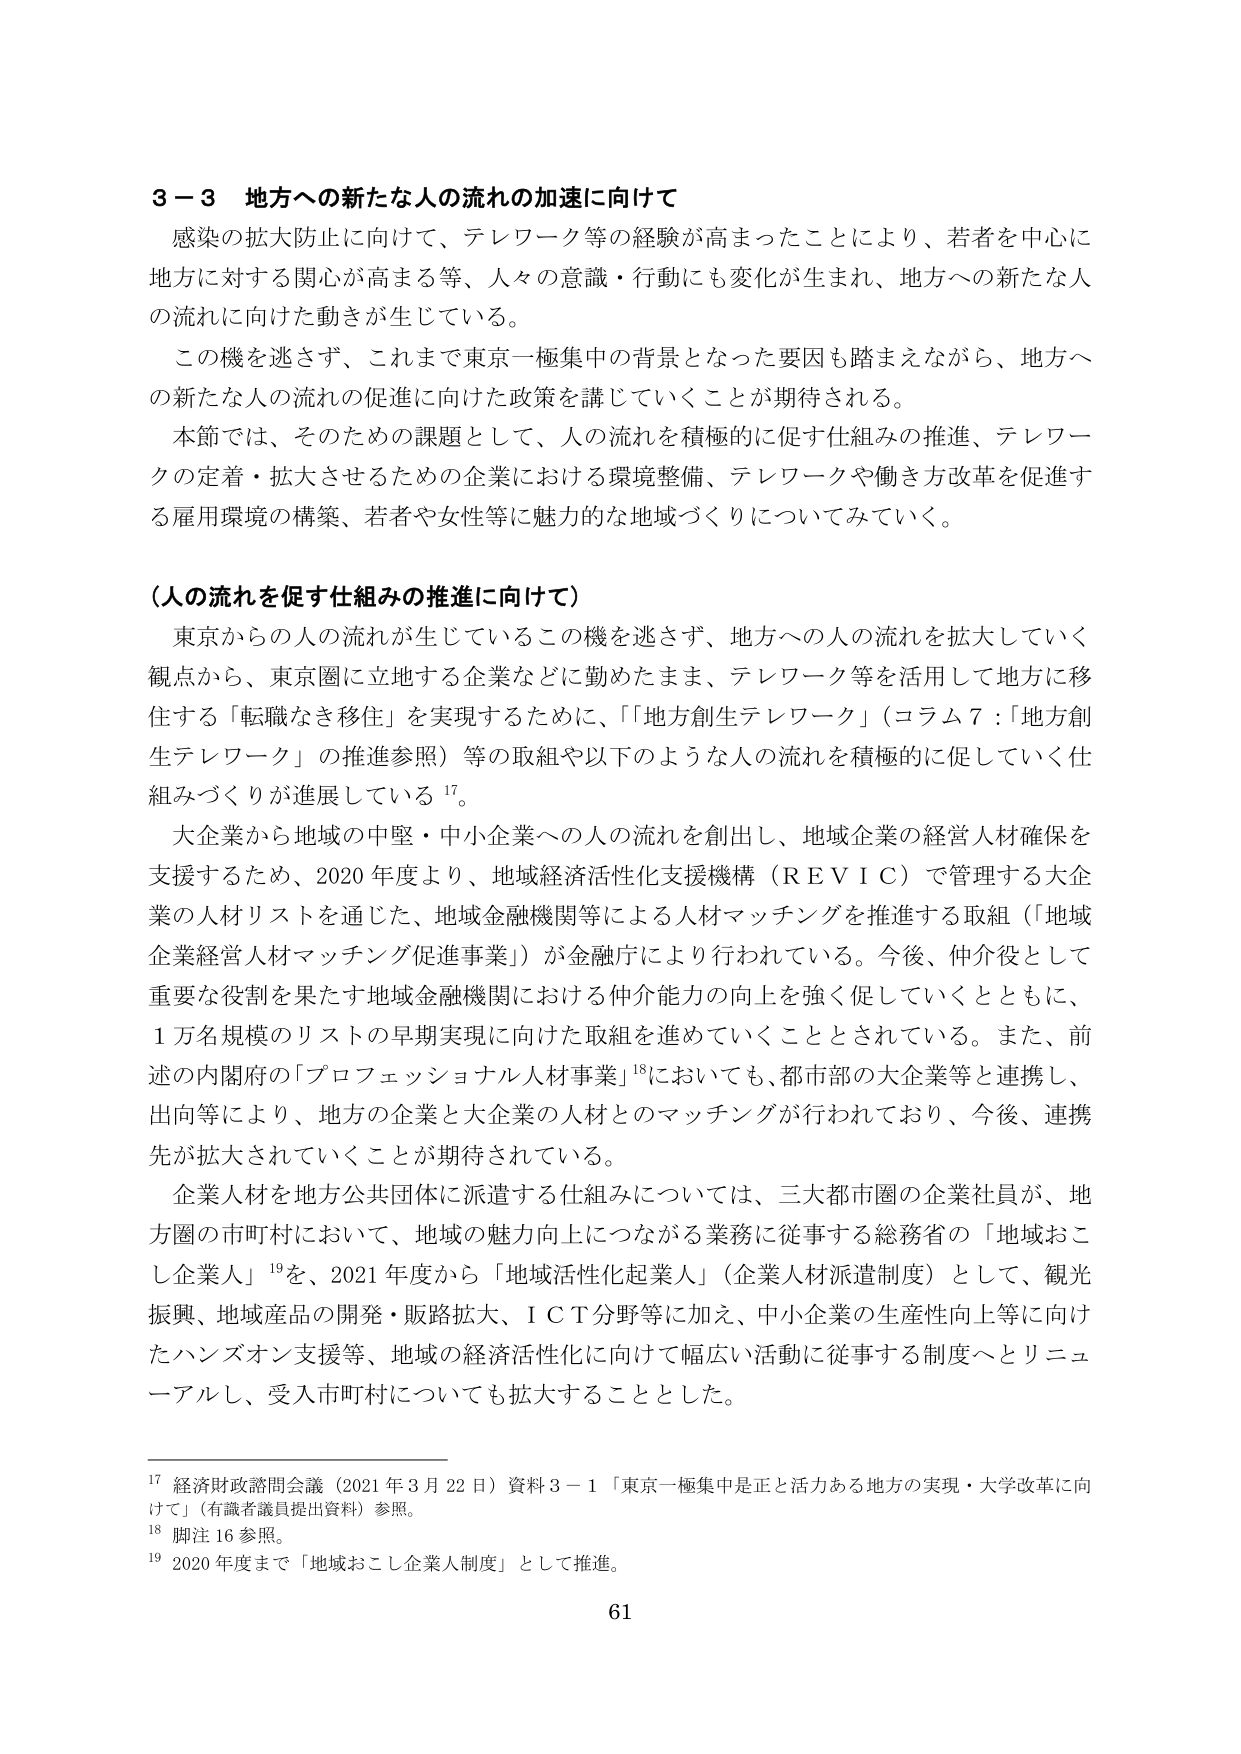
3－3 地方への新たな人の流れの加速に向けて
感染の拡大防止に向けて、テレワーク等の経験が高まったことにより、若者を中心に地方に対する関心が高まる等、人々の意識・行動にも変化が生まれ、地方への新たな人の流れに向けた動きが生じている。
この機を逃さず、これまで東京一極集中の背景となった要因も踏まえながら、地方への新たな人の流れの促進に向けた政策を講じていくことが期待される。
本節では、そのための課題として、人の流れを積極的に促す仕組みの推進、テレワークの定着・拡大させるための企業における環境整備、テレワークや働き方改革を促進する雇用環境の構築、若者や女性等に魅力的な地域づくりについてみていく。

（人の流れを促す仕組みの推進に向けて）
東京からの人の流れが生じているこの機を逃さず、地方への人の流れを拡大していく観点から、東京圏に立地する企業などに勤めたまま、テレワーク等を活用して地方に移住する「転職なき移住」を実現するために、「地方創生テレワーク」（コラム7：「地方創生テレワーク」の推進参照）等の取組や以下のような人の流れを積極的に促していく仕組みづくりが進展している¹⁷。
大企業から地域の中堅・中小企業への人の流れを創出し、地域企業の経営人材確保を支援するため、2020年度より、地域経済活性化支援機構（ＲＥＶＩＣ）で管理する大企業の人材リストを通じた、地域金融機関等による人材マッチングを推進する取組（「地域企業経営人材マッチング促進事業」）が金融庁により行われている。今後、仲介役として重要な役割を果たす地域金融機関における仲介能力の向上を強く促していくとともに、1万名規模のリストの早期実現に向けた取組を進めていくこととされている。また、前述の内閣府の「プロフェッショナル人材事業」¹⁸においても、都市部の大企業等と連携し、出向等により、地方の企業と大企業の人材とのマッチングが行われており、今後、連携先が拡大されていくことが期待されている。
企業人材を地方公共団体に派遣する仕組みについては、三大都市圏の企業社員が、地方圏の市町村において、地域の魅力向上につながる業務に従事する総務省の「地域おこし企業人」¹⁹を、2021年度から「地域活性化起業人」（企業人材派遣制度）として、観光振興、地域産品の開発・販路拡大、ＩＣＴ分野等に加え、中小企業の生産性向上等に向けたハンズオン支援等、地域の経済活性化に向けて幅広い活動に従事する制度へとリニューアルし、受入市町村についても拡大することとした。

¹⁷ 経済財政諮問会議（2021年3月22日）資料3－1「東京一極集中は正と活力ある地方の実現・大学改革に向けて」（有識者議員提出資料）参照。
¹⁸ 脚注16参照。
¹⁹ 2020年度まで「地域おこし企業人制度」として推進。

61